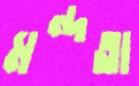
মন্দতা